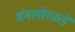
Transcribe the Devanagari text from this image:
बंगलोरकडे